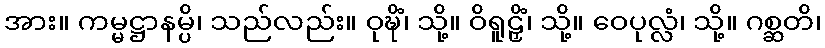
အား။ ကမ္မဋ္ဌာနမ္ပိ၊ သည်လည်း။ ဝုဍ္ဎိံ၊ သို့။ ဝိရူဠှိံ၊ သို့။ ဝေပုလ္လံ၊ သို့။ ဂစ္ဆတိ၊